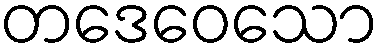
တဒေဝေသော